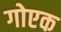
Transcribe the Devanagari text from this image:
गोएक